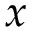
x